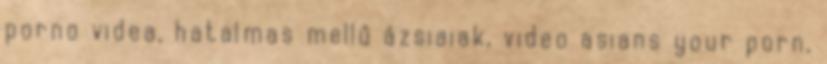
porno videa, hatalmas mellű ázsiaiak, video asians your porn,